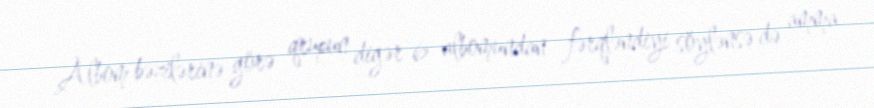
Albom bəzilərinə görə qrupun digər 6 albomundan fərqləndiyi söylənsə də amma